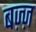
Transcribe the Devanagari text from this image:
बज़्ज़